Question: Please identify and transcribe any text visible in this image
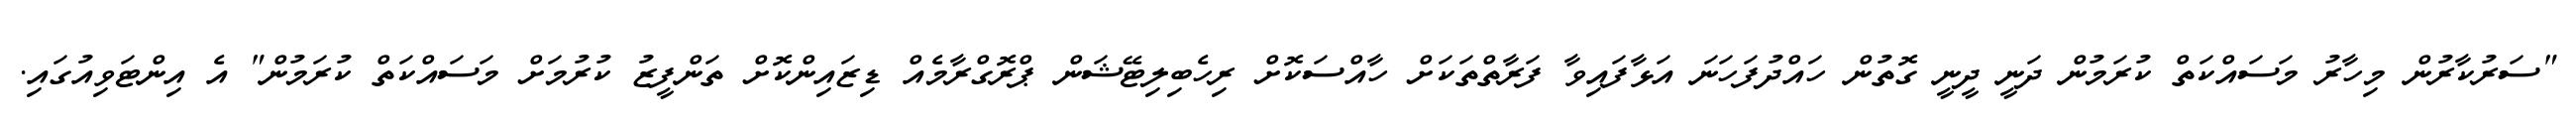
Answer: "ސަރުކާރުން މިހާރު މަސައްކަތް ކުރަމުން ދަނީ ދީނީ ގޮތުން ހައްދުފަހަނަ އަޅާފައިވާ ފަރާތްތަކަށް ހާއްސަކޮށް ރިހެބިލިޓޭޝަން ޕްރޮގްރާމެއް ޑިޒައިންކޮށް ތަންފީޒު ކުރުމަށް މަސައްކަތް ކުރަމުން" އެ އިންޓަވިއުގައި.